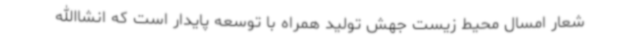
شعار امسال محیط زیست جهش تولید همراه با توسعه پایدار است که انشاالله